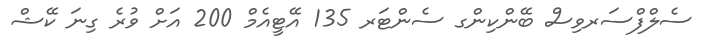
ސެލްފްސަރވިސް ބޭންކިންގ ސެންޓަރ 135 އޭޓީއެމް 200 އަށް ވުރެ ގިނަ ކޭޝް